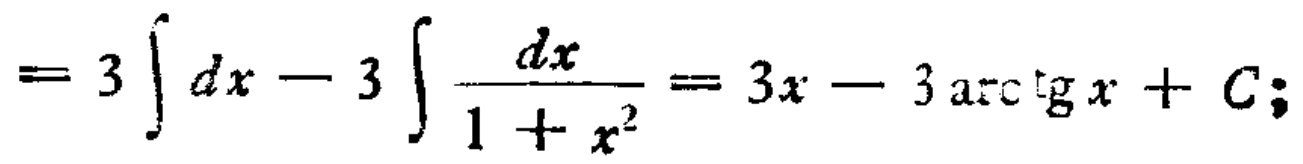
\(= 3\int dx - 3\int \frac{dx}{1 + x^{2}} = 3x - 3\mathrm{arctg}x + C;\)